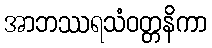
အာဘဿရသံဝတ္တနိကာ